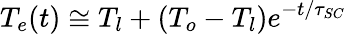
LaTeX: T_{e}(t)\cong T_{l}+(T_{o}-T_{l})e^{-t/\tau_{SC}}